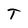
Character: T